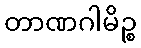
တာဏဂါမိဉ္စ